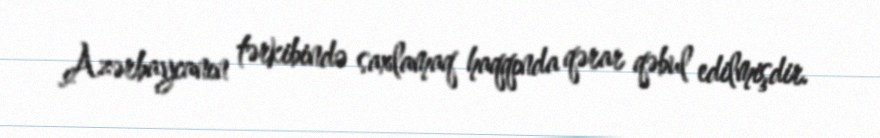
Azərbaycanın tərkibində saxlamaq haqqında qərar qəbul edilmişdir.